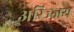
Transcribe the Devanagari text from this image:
अरिञ्जय